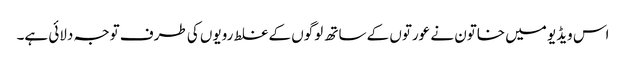
اس ویڈیو میں خاتون نے عورتوں کے ساتھ لوگوں کے غلط رویوں کی طرف توجہ دلائی ہے۔